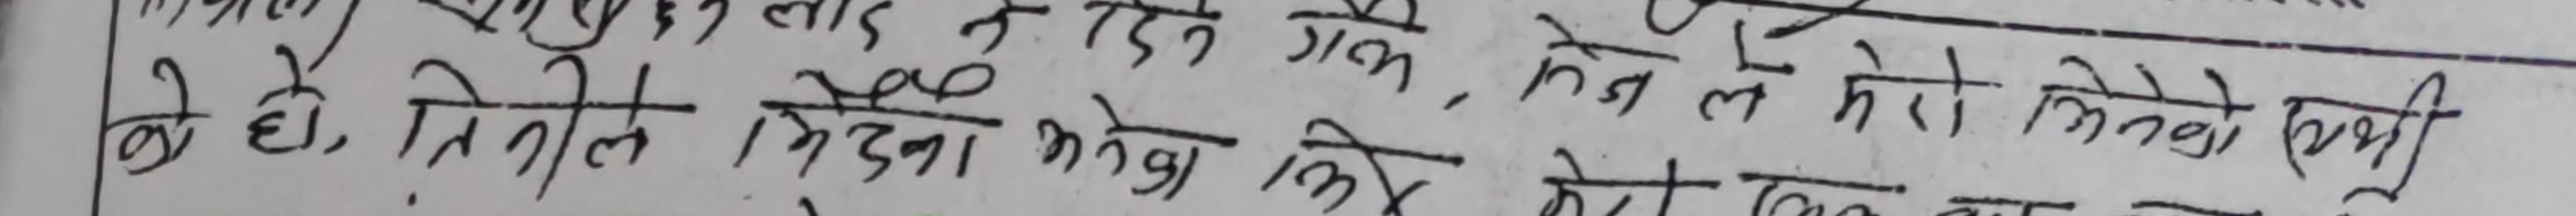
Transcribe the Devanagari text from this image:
गक, मेन ले मेरो भनेको एभी
बे हो, तिनीले मिना भनेका को
दिन